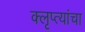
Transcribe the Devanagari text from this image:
क्लृप्त्यांचा